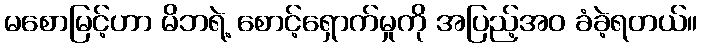
မစောမြင့်ဟာ မိဘရဲ့ စောင့်ရှောက်မှုကို အပြည့်အဝ ခံခဲ့ရတယ်။